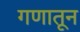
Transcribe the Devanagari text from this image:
गणातून